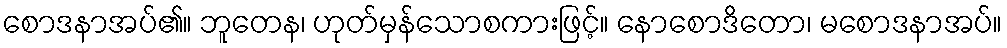
စောဒနာအပ်၏။ ဘူတေန၊ ဟုတ်မှန်သောစကားဖြင့်။ နောစောဒိတော၊ မစောဒနာအပ်။